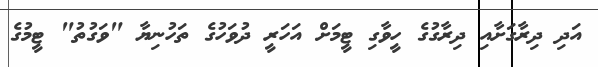
އަދި ދިރާގަށާއި ދިރާގުގެ ހީވާގި ޓީމަށް އަހަރީ ދުވަހުގެ ތަހުނިޔާ "ވަގުތު" ޓީމުގެ